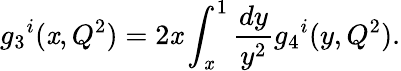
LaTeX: {g_{3}}^{i}(\mathit{x},Q^{2})=2\mathit{x}\int_{\mathit{x}}^{1}\frac{{dy}}{{y^{2}}}{g_{4}}^{i}(y,Q^{2}).